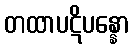
တထာပဋိပန္နော